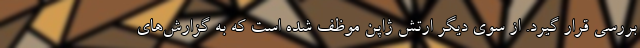
بررسی قرار گیرد. از سوی دیگر ارتش ژاپن موظف شده است که به گزارش‌های